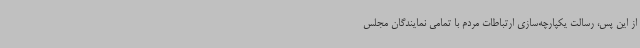
از این پس، رسالت یکپارچه‌سازی ارتباطات مردم با تمامی نمایندگان مجلس